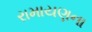
રામાયણના